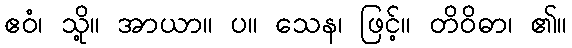
ဧဝံ၊ သို့။ အာယာ။ ပ။ သေန၊ ဖြင့်။ တိဝိဓာ၊ ၏။